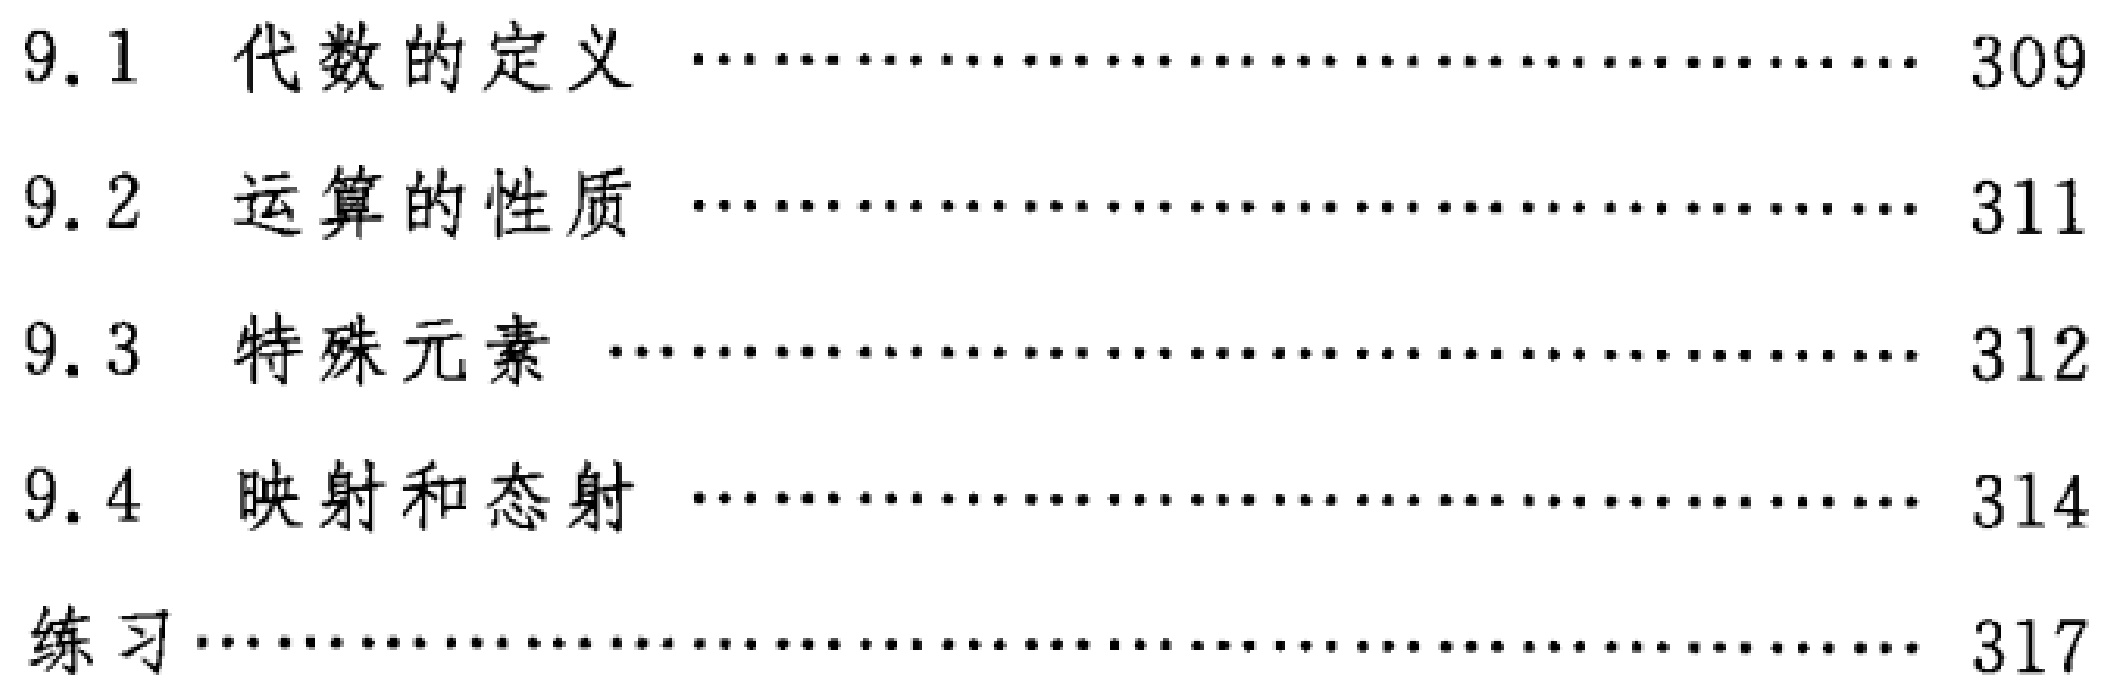
\begin{enumerate}

\item 9.1 代数的定义 \hfill 309

\item 9.2 运算的性质 \hfill 311

\item 9.3 特殊元素 \hfill 312

\item 9.4 映射和态射 \hfill 314

\item 练习 \hfill 317

\end{enumerate}